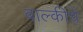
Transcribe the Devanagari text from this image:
बाल्कीचे